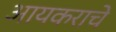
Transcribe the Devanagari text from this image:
आयकराचे